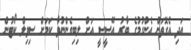
އަދި އެގޮތަށް އެންގުމުގެ ބާރު އޭސީސީ އަށް ލިބިގެންނުވާ ކަމަށް ސިވިލް ކޯޓުން